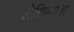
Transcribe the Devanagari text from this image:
लेखिकांना